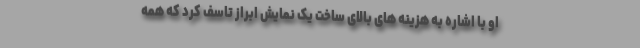
او با اشاره به هزینه های بالای ساخت یک نمایش ابراز تاسف کرد که همه